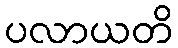
ပလာယတိ